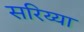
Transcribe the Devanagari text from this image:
सरिय्या